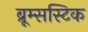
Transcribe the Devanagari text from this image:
ब्रूम्सस्टिक